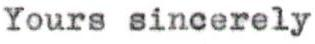
Yours sincerely